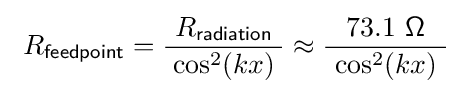
\ R_{\mathsf {feedpoint}}={\frac {\ R_{\mathsf {radiation}}\ }{\cos ^{2}(kx)}}\approx {\frac {73.1\ {\mathsf {\Omega }}}{\ \cos ^{2}(kx)\ }}\